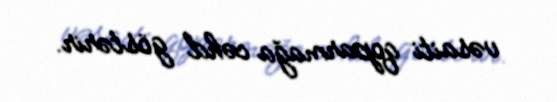
vəsaiti qoparmağa cəhd göstərir.